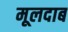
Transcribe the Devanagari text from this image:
मूलदाब